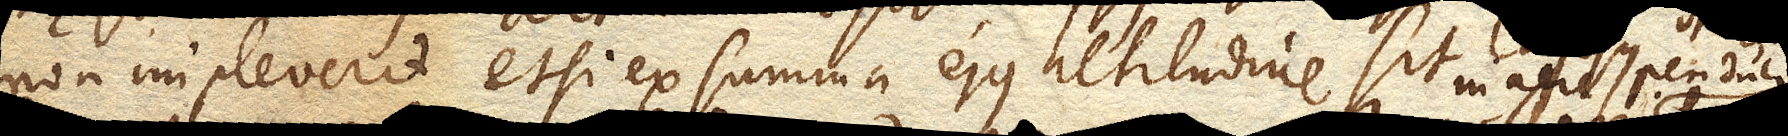
non impleverit etsi ex summa ejus altitudine sit in aere penduli